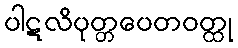
ပါဋလိပုတ္တပေတဝတ္ထု